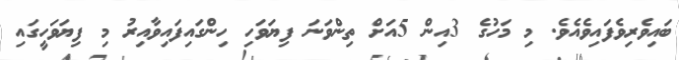
ބައިވެރިވެފައިވެއެވެ. މި މަހުގެ 3އިން 5އަށް ތިންވަނަ ފިޔަވަހި ހިންގައިފައިވާއިރު މި ފިޔަވަހީގައި